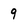
Character: 9